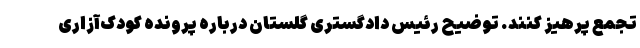
تجمع پرهیز کنند. توضیح رئیس دادگستری گلستان درباره پرونده کودک‌آزاری